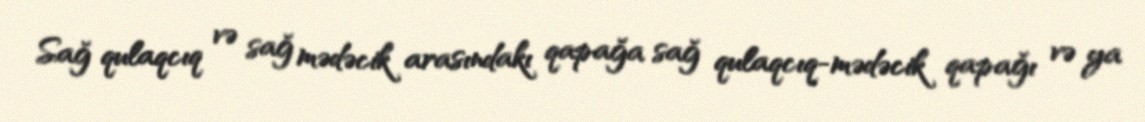
Sağ qulaqcıq və sağ mədəcik arasındakı qapağa sağ qulaqcıq-mədəcik qapağı və ya